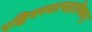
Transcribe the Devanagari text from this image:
पश्चिमस्पात्पहारिकम्।